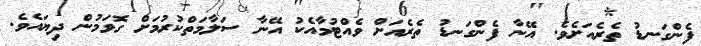
ފެންގަނޑު ތެރެއަށެވެ. އޭނާ ފެންގަނޑު ތެރެެއަށް ވެއްޓުމާއެކު އޭނާ ސަލާމަތްކުރުމަށް ގޮވަމުން ދިޔައެވެ.